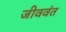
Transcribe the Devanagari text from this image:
जीववंत